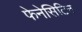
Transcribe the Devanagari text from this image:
फेनेसिटिन